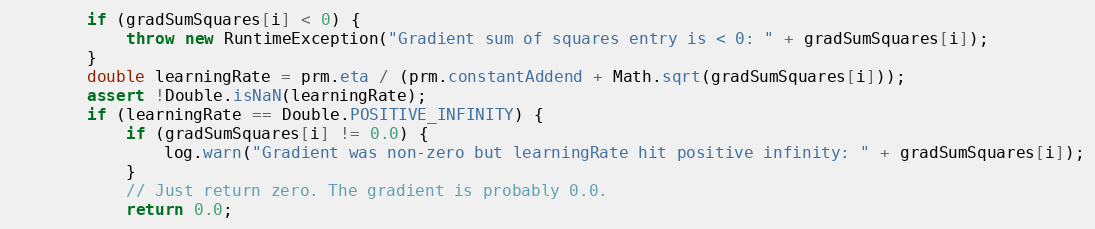
Language: Java
        if (gradSumSquares[i] < 0) {
            throw new RuntimeException("Gradient sum of squares entry is < 0: " + gradSumSquares[i]);
        }
        double learningRate = prm.eta / (prm.constantAddend + Math.sqrt(gradSumSquares[i]));
        assert !Double.isNaN(learningRate);
        if (learningRate == Double.POSITIVE_INFINITY) {
            if (gradSumSquares[i] != 0.0) {
                log.warn("Gradient was non-zero but learningRate hit positive infinity: " + gradSumSquares[i]);
            }
            // Just return zero. The gradient is probably 0.0.
            return 0.0;